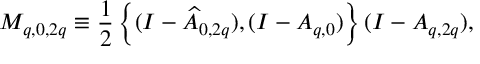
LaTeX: M _ { q , 0 , 2 q } \equiv \frac { 1 } { 2 } \left\{ ( I - \widehat { A } _ { 0 , 2 q } ) , ( I - A _ { q , 0 } ) \right\} ( I - A _ { q , 2 q } ) ,